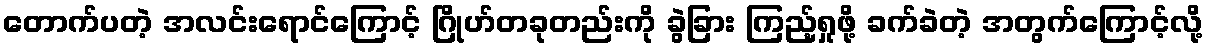
တောက်ပတဲ့ အလင်းရောင်ကြောင့် ဂြိုဟ်တခုတည်းကို ခွဲခြား ကြည့်ရှုဖို့ ခက်ခဲတဲ့ အတွက်ကြောင့်လို့